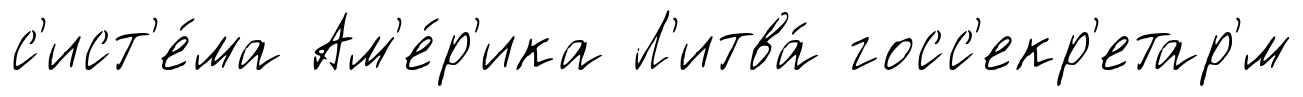
с'ист'е́ма Ам'е́р'ика Л'итва́ госс'екр'етар'́м